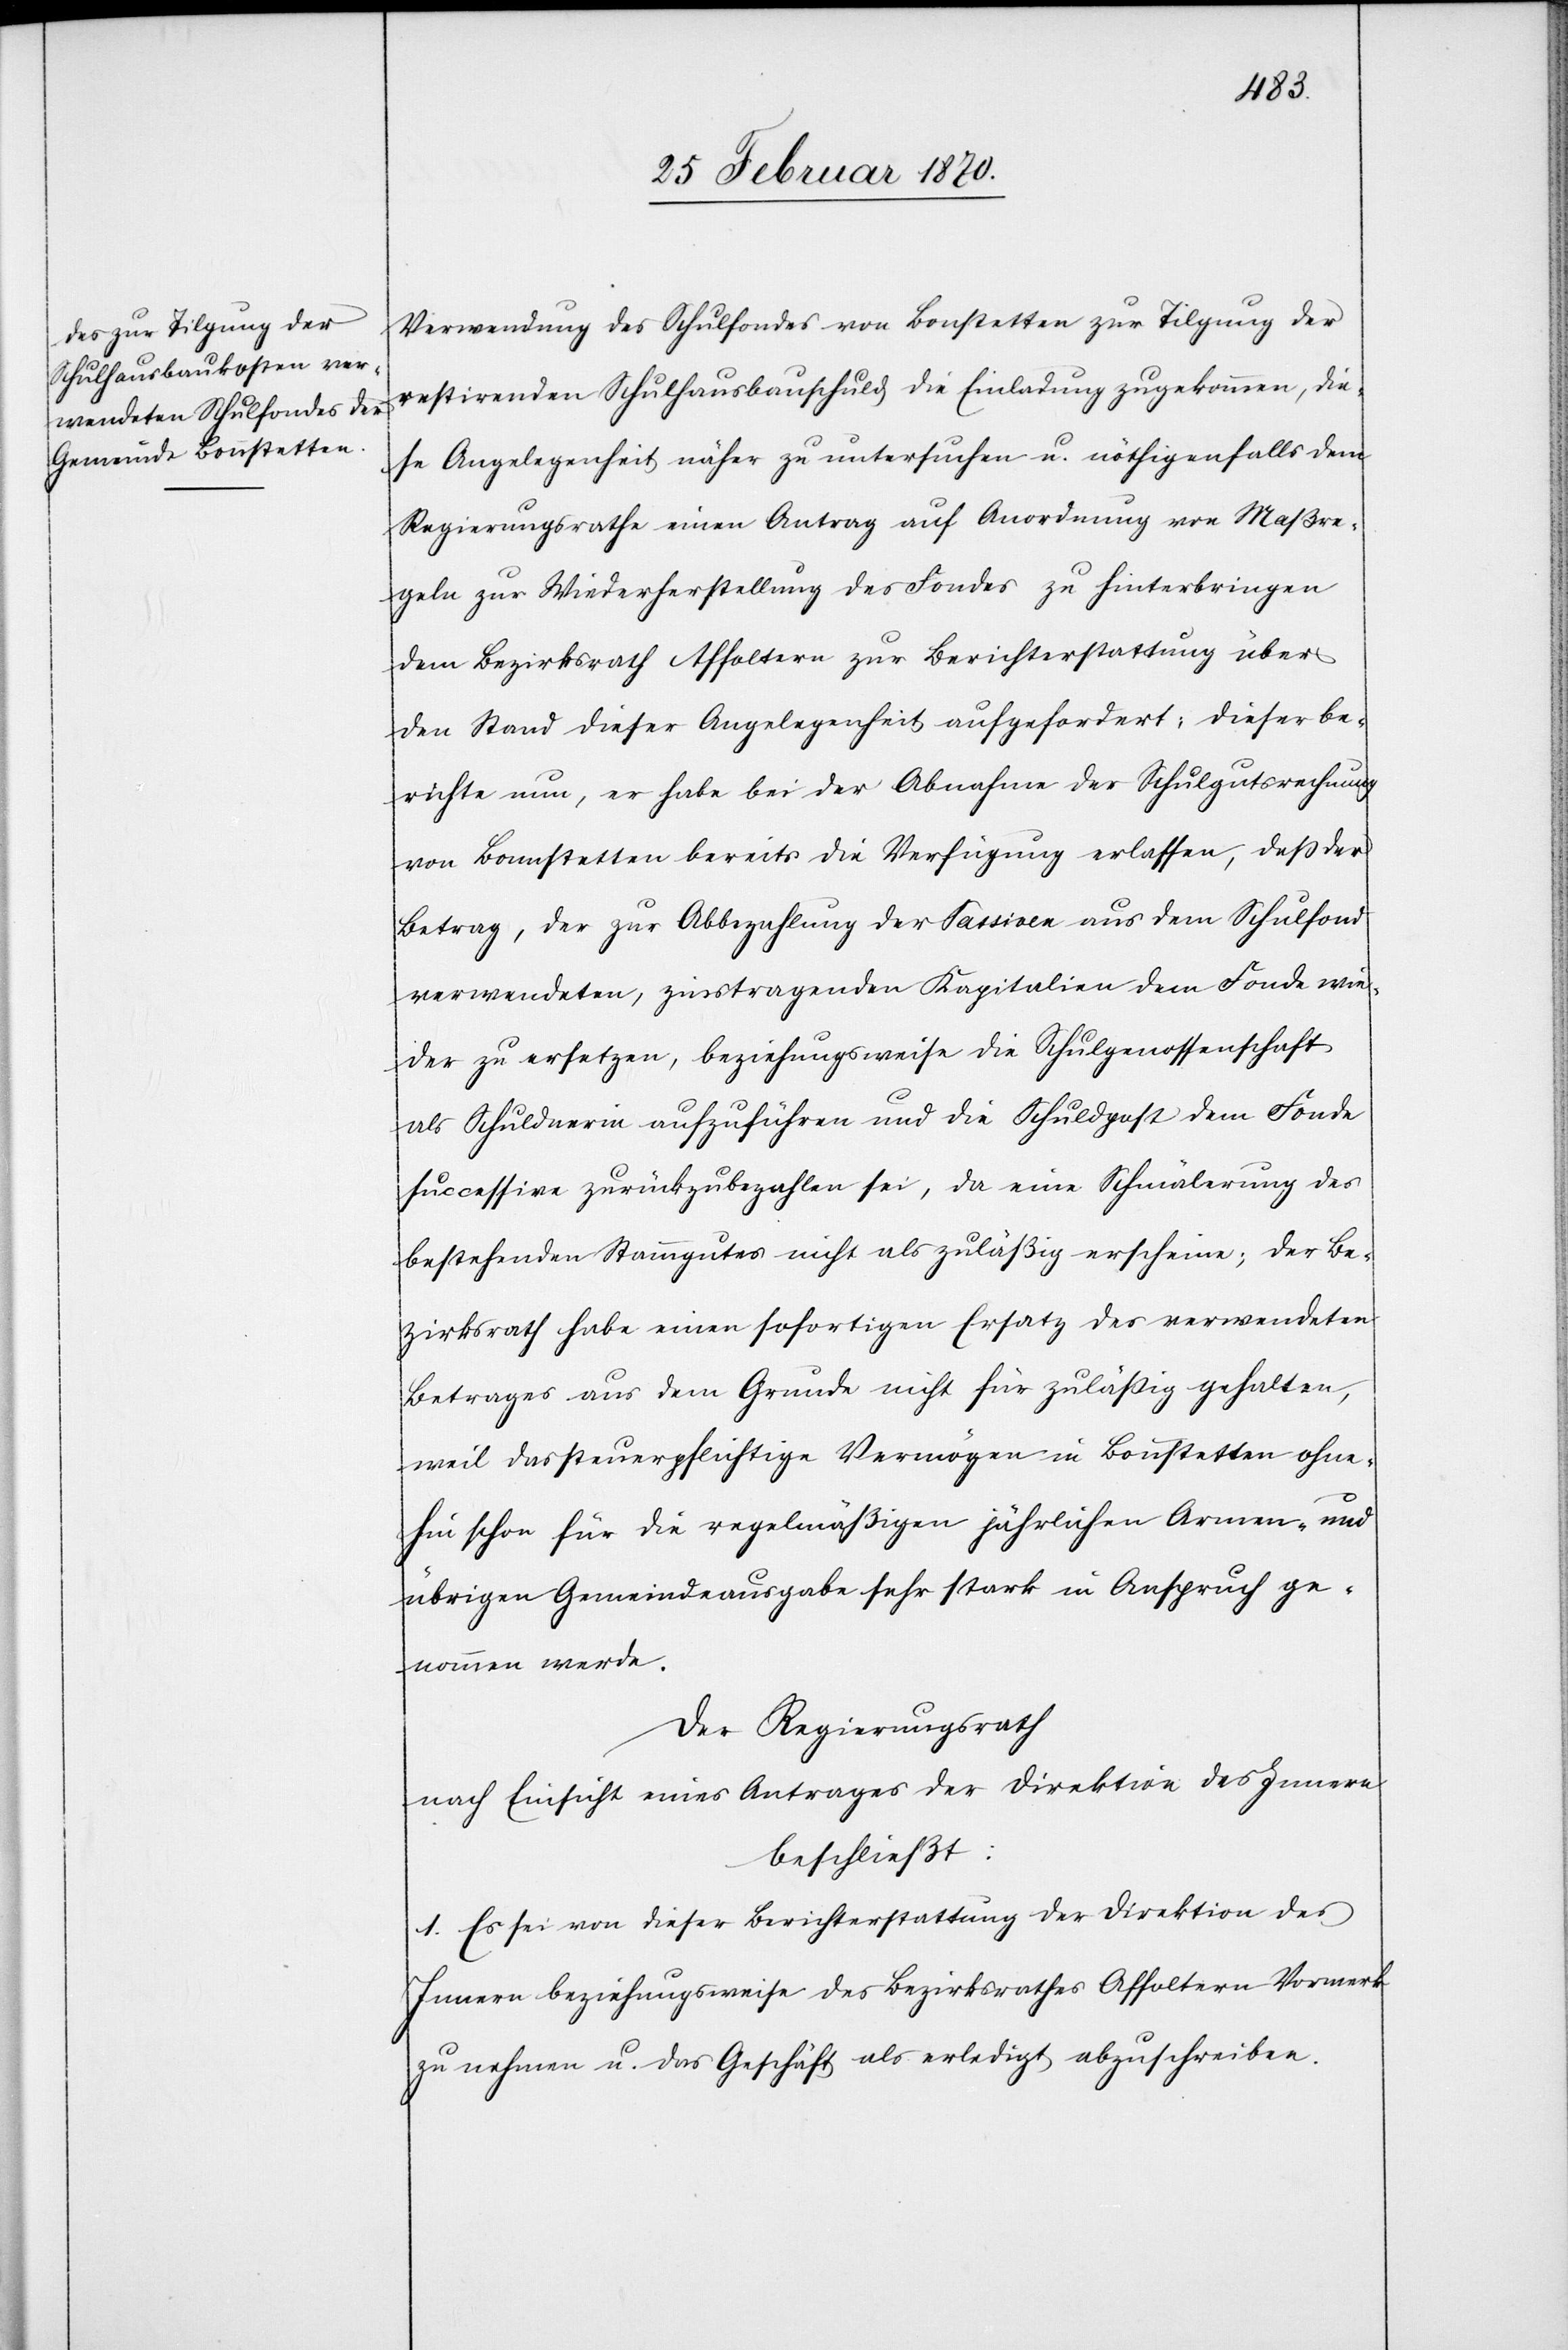
Verwendung des Schulfondes von Bonstetten zur Tilgung der
restirenden Schulhausbauschuld die Einladung zugekommen, die¬
se Angelegenheit näher zu untersuchen u. nöthigenfalls dem
Regierungsrathe einen Antrag auf Anordnung von Maßre¬
geln zur Wiederherstellung des Fondes zu hinterbringen
Bezirksrath Affoltern zur Berichterstattung über
den Stand dieser Angelegenheit aufgefordert; dieser be¬
richte nun, er habe bei der Abnahme der Schulgutsrechnung
von Bonstetten bereits die Verfügung erlassen, daß der
Betrag, der zur Abbezahlung der Passiven aus dem Schulfond
verwendeten, zinstragenden Kapitalien dem Fonde wie¬
der zu ersetzen, beziehungsweise die Schulgenossenschaft
als Schuldnerin aufzuführen und die Schuldpost dem Fonde
successive zurückzubezahlen sei, da eine Schmälerung des
bestehenden Stammgutes nicht als zuläßig erscheine; der Be¬
zirksrath habe einen sofortigen Ersatz des verwendeten
Betrages aus dem Grunde nicht für zuläßig gehalten,
weil das steuerpflichtige Vermögen in Bonstetten ohne¬
hin schon für die regelmäßigen jährlichen Armen- und
übrigen Gemeindeausgabe sehr stark in Anspruch ge¬
nommen werde.
Der Regierungsrath
nach Einsicht eines Antrages der Direktion des Innern
beschließt:
1. Es sei von dieser Berichterstattung der Direktion des
Innern beziehungsweise des Bezirksrathes Affoltern Vormerk
zu nehmen u. das Geschäft als erledigt abzuschreiben.